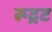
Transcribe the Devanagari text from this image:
रूद्रट